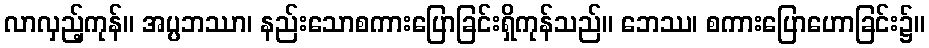
လာလှည့်ကုန်။ အပ္ပဘဿာ၊ နည်းသောစကားပြောခြင်းရှိကုန်သည်။ ဘေဿ၊ စကားပြောဟောခြင်း၌။